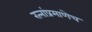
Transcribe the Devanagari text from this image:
रत्‍नांप्रमाणेच